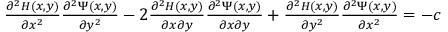
\begin{array} { r } { \frac { \partial ^ { 2 } H ( x , y ) } { \partial x ^ { 2 } } \frac { \partial ^ { 2 } \Psi ( x , y ) } { \partial y ^ { 2 } } - 2 \frac { \partial ^ { 2 } H ( x , y ) } { \partial x \partial y } \frac { \partial ^ { 2 } \Psi ( x , y ) } { \partial x \partial y } + \frac { \partial ^ { 2 } H ( x , y ) } { \partial y ^ { 2 } } \frac { \partial ^ { 2 } \Psi ( x , y ) } { \partial x ^ { 2 } } = - c } \end{array}